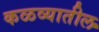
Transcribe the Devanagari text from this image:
कळव्यातील